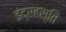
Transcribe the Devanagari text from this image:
इंद्रहस्ति